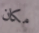
مكان